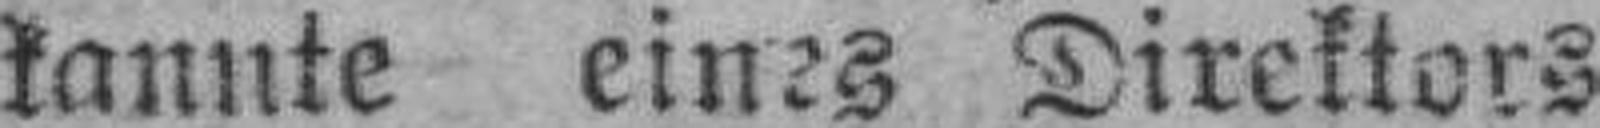
kannte eines Direktors